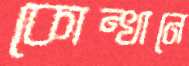
কোন্খানে